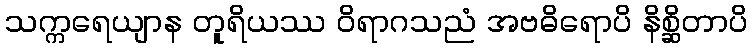
သက္ကရေယျာန တူရိယဿ ဝိရာဂသညံ အဗဓိရောပိ နိစ္ဆိတာပိ